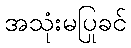
အသုံးမပြုခင်